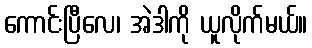
ကောင်းပြီလေ၊ အဲဒါကို ယူလိုက်မယ်။